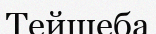
Тейшеба